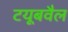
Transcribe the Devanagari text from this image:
टयूबवैल